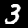
Digit: 3